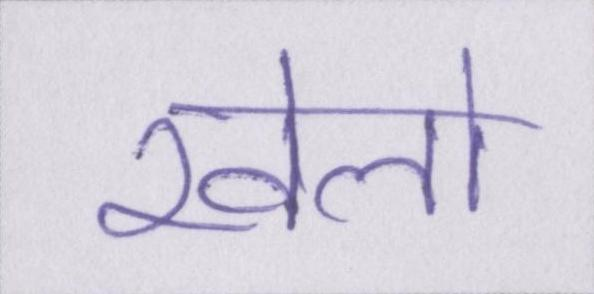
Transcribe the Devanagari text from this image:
खेलो